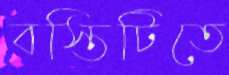
বস্তিটিতে